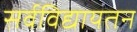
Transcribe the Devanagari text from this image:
सर्वविद्यायतन